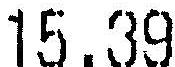
15.39